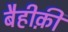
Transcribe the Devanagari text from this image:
बैहीक़ी